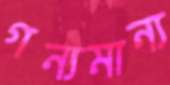
গন্যমান্য